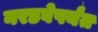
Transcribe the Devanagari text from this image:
नरडवेपर्यंत